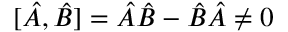
[ \hat { A } , \hat { B } ] = \hat { A } \hat { B } - \hat { B } \hat { A } \neq 0